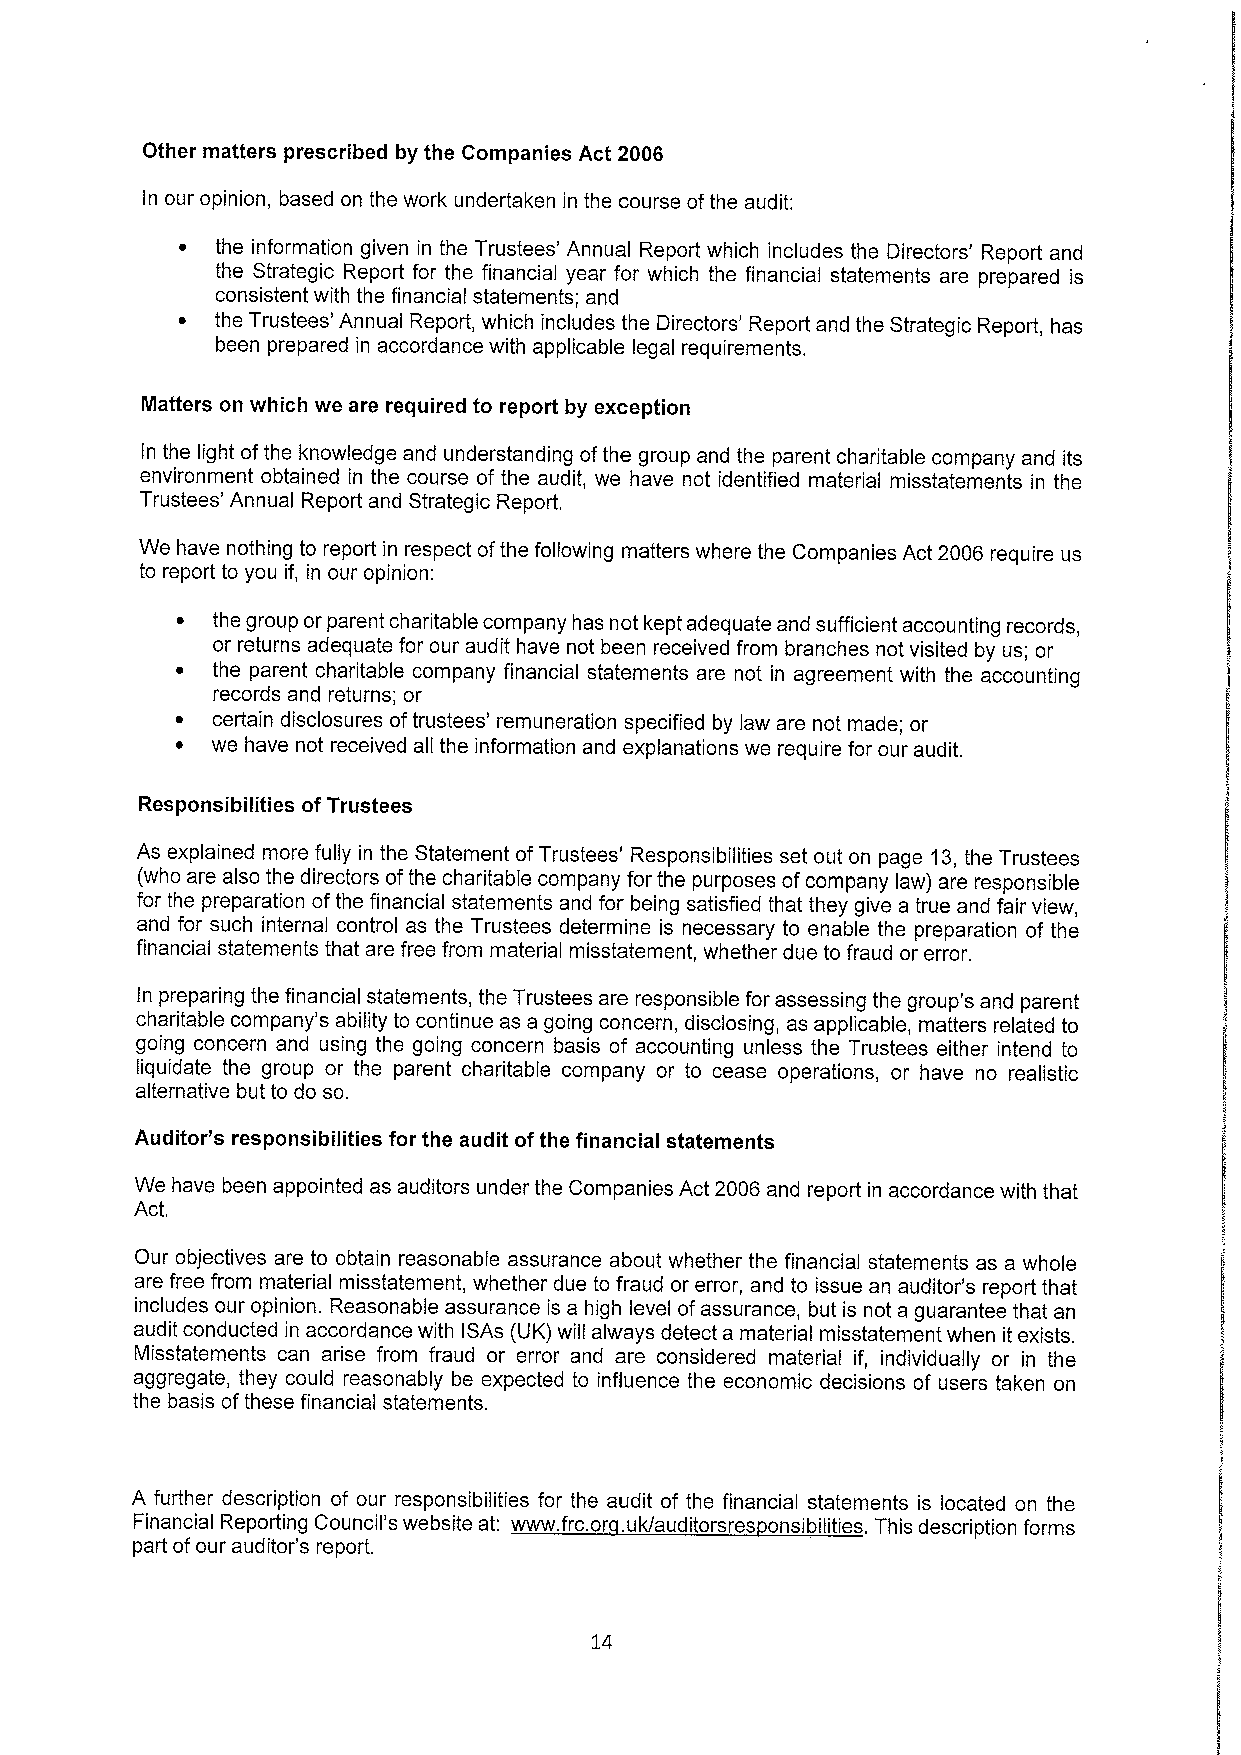
Other matters prescribed by the Companies Act 2006
 In our opinion, based on the work undertaken in the course ofthe audit:
 ~ the information given in the Trustees' Annual Report which includes the Directors' Report and
 the Strategic Report for the financial year for which the financial statements are prepared is
 consistent with the financial statements; and
 ~ the Trustees' Annual Report, which includes the Directors' Report and the Strategic Report, has
 been prepared in accordance with applicable legal requirements.
 IVIatters on which we are required to report by exception
 In the light ofthe knowledge and understanding ofthe group and the parent charitable company and its
 environment obtained in the course of the audit, we have not identified material misstatements in the
 Trustees' Annual Report and Strategic Report.
 We have nothing to report in respect ofthe following matters where the Companies Act 2006 require us
 to report to you if, in our opinion:
 ~ the group or parent charitable company has not kept adequate and sufficient accounting records,
 or returns adequate for our audit have not been received from branches not visited by us; or
 ~ the parent charitable company financial statements are not in agreement with the accounting
 records and returns; or
 ~ certain disclosures oftrustees' remuneration specified by law are not made; or
 ~ we have not received all the information and explanations we require for our audit.
 Responsibilities ofTrustees
 As explained more fully in the Statement ofTrustees' Responsibilities set out on page 13,the Trustees
 (who are also the directors ofthe charitable company for the purposes ofcompany law) are responsible
 for the preparation ofthe financial statements and for being satisfied that they give a true and fair view,
 and for such internal control as the Trustees determine is necessary to enable the preparation of the
 financial statements that are free from material misstatement, whether due to fraud or error.
 In preparing the financial statements, the Trustees are responsible for assessing the group's and parent
 charitable company's ability to continue as a going concern, disclosing, as applicable, matters related to
 going concern and using the going concern basis of accounting unless the Trustees either intend to
 liquidate the group or the parent charitable company or to cease operations, or have no realistic
 alternative but to do so.
 Auditor"s responsibilities for the audit ofthe financial statements
 We have been appointed as auditors under the Companies Act 2006 and report in accordance with that
 Act.
 Our objectives are to obtain reasonable assurance about whether the financial statements as a whole
 are free from material misstatement, whether due to fraud or error, and to issue an auditor's report that
 includes our opinion. Reasonable assurance is a high level ofassurance, but is not a guarantee that an
 audit conducted in accordance with ISAs (UK) will always detect a material misstatement when it exists.
 Misstatements can arise from fraud or error and are considered material if, individually or in the
 aggregate, they could reasonably be expected to influence the economic decisions of users taken on
 the basis ofthese financial statements.
 A further description of our responsibilities for the audit of the financial statements is located on the
 FinancialReporting Council'swebsiteat: www. frc.or .uk/auditorsres onsibilities. Thisdescriptionforms
 part ofour auditor's report.